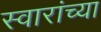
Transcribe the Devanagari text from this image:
स्वारांच्या